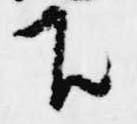
下